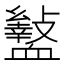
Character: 𮕡